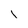
Character: i